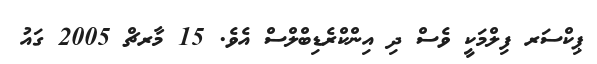
ޕިކްސަރ ފިލްމަކީ ވެސް ދި އިންކްރެޑިބްލްސް އެވެ. 15 މާރޗް 2005 ގައު